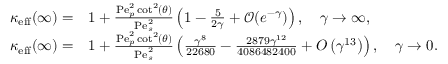
\begin{array} { r l } { \kappa _ { \mathrm { e f f } } ( \infty ) = } & { 1 + \frac { \mathrm { P e } _ { p } ^ { 2 } \cot ^ { 2 } ( \theta ) } { \mathrm { P e } _ { s } ^ { 2 } } \left( 1 - \frac { 5 } { 2 \gamma } + \mathcal { O } ( e ^ { - \gamma } ) \right) , \quad \gamma \rightarrow \infty , } \\ { \kappa _ { \mathrm { e f f } } ( \infty ) = } & { 1 + \frac { \mathrm { P e } _ { p } ^ { 2 } \cot ^ { 2 } ( \theta ) } { \mathrm { P e } _ { s } ^ { 2 } } \left( \frac { \gamma ^ { 8 } } { 2 2 6 8 0 } - \frac { 2 8 7 9 \gamma ^ { 1 2 } } { 4 0 8 6 4 8 2 4 0 0 } + O \left( \gamma ^ { 1 3 } \right) \right) , \quad \gamma \rightarrow 0 . } \end{array}